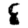
Digit: 8